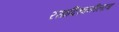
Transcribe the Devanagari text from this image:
रसादिध्वनीलाच